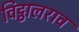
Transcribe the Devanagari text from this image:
विट्ठालराव